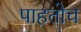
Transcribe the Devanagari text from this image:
पाहतोच